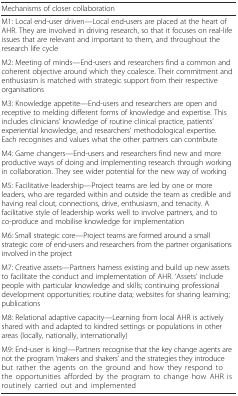
<table><thead><tr><td colspan="2"><b>Mechanisms of closer collaboration</b></td></tr></thead><tbody><tr><td colspan="2">M1: Local end-user driven—Local end-users are placed at the heart of AHR. They are involved in driving research, so that it focuses on real-life issues that are relevant and important to them, and throughout the research life cycle</td></tr><tr><td colspan="2">M2: Meeting of minds—End-users and researchers find a common and coherent objective around which they coalesce. Their commitment and enthusiasm is matched with strategic support from their respective organisations</td></tr><tr><td colspan="2">M3: Knowledge appetite—End-users and researchers are open and receptive to melding different forms of knowledge and expertise. This includes clinicians’ knowledge of routine clinical practice, patients’ experiential knowledge, and researchers’ methodological expertise. Each recognises and values what the other partners can contribute</td></tr><tr><td colspan="2">M4: Game changers—End-users and researchers find new and more productive ways of doing and implementing research through working in collaboration. They see wider potential for the new way of working</td></tr><tr><td colspan="2">M5: Facilitative leadership—Project teams are led by one or more leaders, who are regarded within and outside the team as credible and having real clout, connections, drive, enthusiasm, and tenacity. A facilitative style of leadership works well to involve partners, and to co-produce and mobilise knowledge for implementation</td></tr><tr><td colspan="2">M6: Small strategic core—Project teams are formed around a small strategic core of end-users and researchers from the partner organisations involved in the project</td></tr><tr><td colspan="2">M7: Creative assets—Partners harness existing and build up new assets to facilitate the conduct and implementation of AHR. ‘Assets’ include people with particular knowledge and skills; continuing professional development opportunities; routine data; websites for sharing learning; publications</td></tr><tr><td colspan="2">M8: Relational adaptive capacity—Learning from local AHR is actively shared with and adapted to kindred settings or populations in other areas (locally, nationally, internationally)</td></tr><tr><td colspan="2">M9: End-user is king!—Partners recognise that the key change agents are not the program ‘makers and shakers’ and the strategies they introduce but rather the agents on the ground and how they respond to the opportunities afforded by the program to change how AHR is routinely carried out and implemented</td></tr></tbody></table>